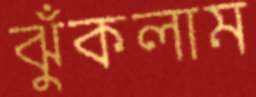
ঝুঁকলাম